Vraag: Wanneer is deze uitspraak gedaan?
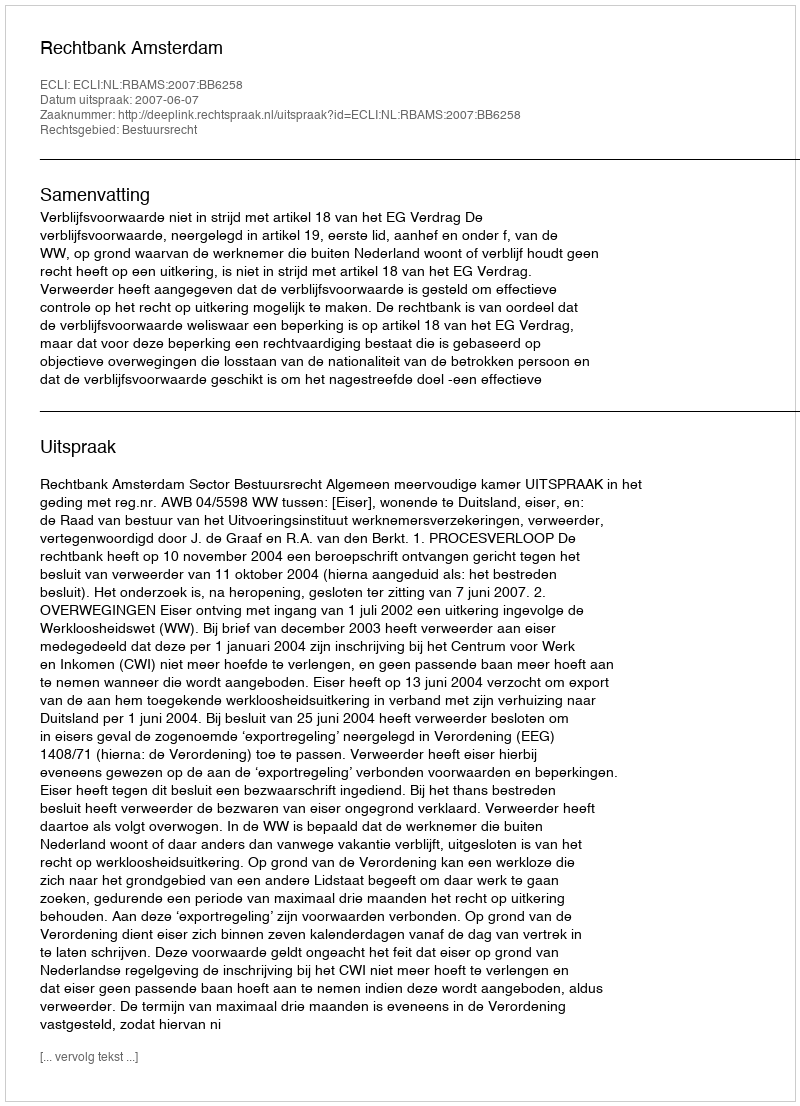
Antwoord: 2007-06-07